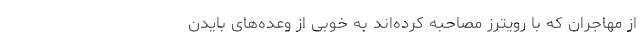
از مهاجران که با رویترز مصاحبه کرده‌اند به خوبی از وعده‌های بایدن